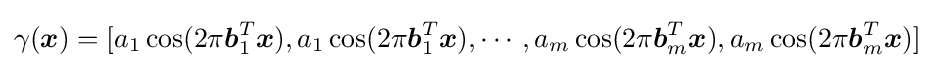
\gamma ({\boldsymbol {x}})=[a_{1}\cos(2\pi {\boldsymbol {b}}_{1}^{T}{\boldsymbol {x}}),a_{1}\cos(2\pi {\boldsymbol {b}}_{1}^{T}{\boldsymbol {x}}),\cdots ,a_{m}\cos(2\pi {\boldsymbol {b}}_{m}^{T}{\boldsymbol {x}}),a_{m}\cos(2\pi {\boldsymbol {b}}_{m}^{T}{\boldsymbol {x}})]